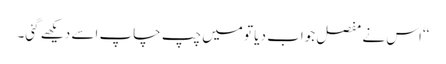
‘‘اس نے مفصل جواب دیا تو میں چپ چاپ اسے دیکھے گئی۔